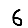
Digit: 6